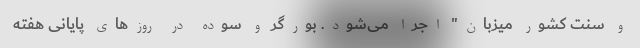
و سنت کشور میزبان" اجرا می‌شود. بورگر و سوده در روزهای پایانی هفته